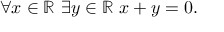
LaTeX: \forall x \in \mathbb { R } \ \exists y \in \mathbb { R } \ x + y = 0 .